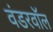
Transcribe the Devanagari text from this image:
वंडरवॉल